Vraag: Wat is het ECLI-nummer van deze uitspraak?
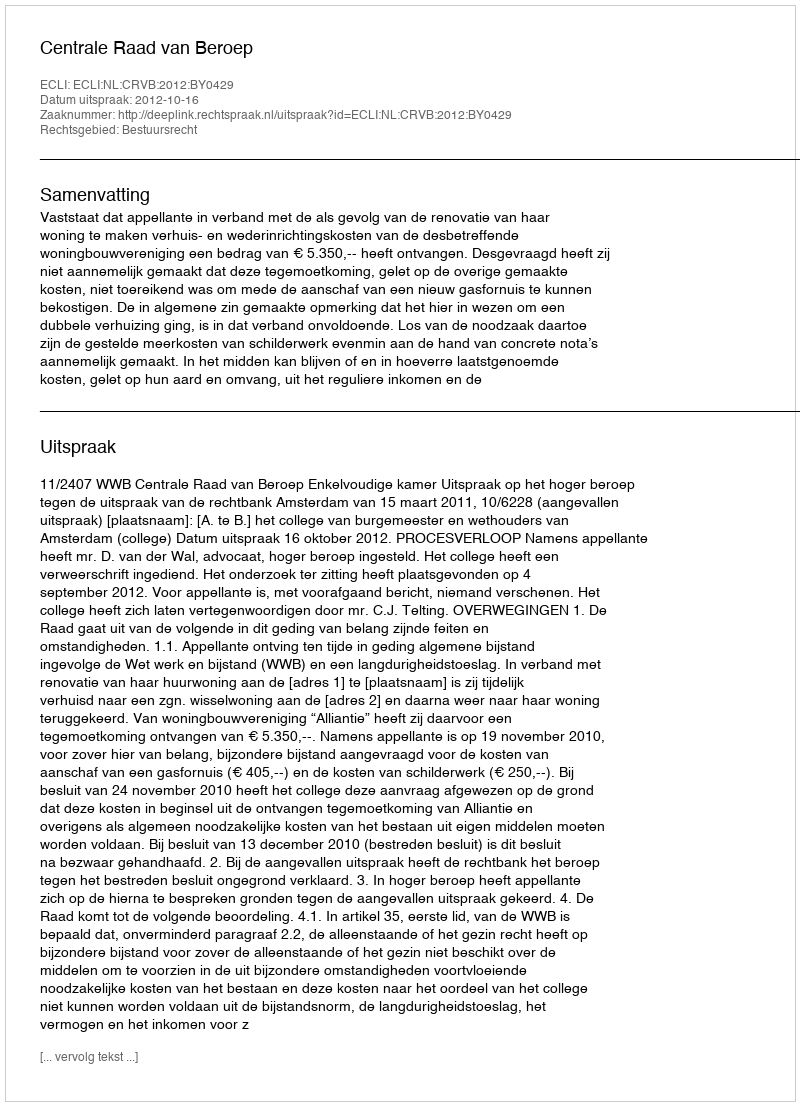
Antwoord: ECLI:NL:CRVB:2012:BY0429